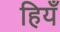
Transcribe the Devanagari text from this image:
हियँ